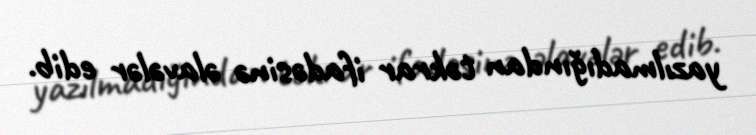
yazılmadığından təkrar ifadəsinə əlavələr edib.